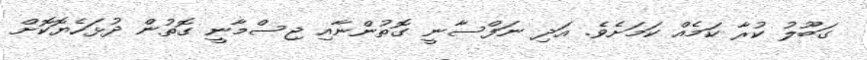
ގަބޫލު ކުރާ ކަމެއް ކަމަށެވެ. އަދި ނަފްސާނީ ގޮތުންނާއި ޖިސްމާނީ ގޮތުން ދުޅަހެޔޮކޮށް